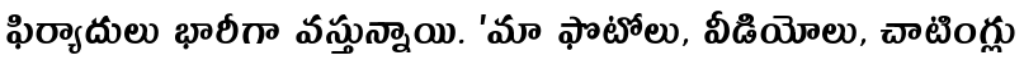
ఫిర్యాదులు భారీగా వస్తున్నాయి. 'మా ఫొటోలు, వీడియోలు, చాటింగ్లు